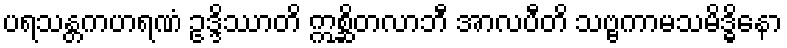
ပရသန္တကဟရဏံ ဥဒ္ဒိဿာတိ ဣစ္ဆိတလာဘီ အာလပီတိ သဗ္ဗကာမသမိဒ္ဓိနော